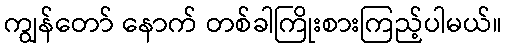
ကျွန်တော် နောက် တစ်ခါကြိုးစားကြည့်ပါမယ်။